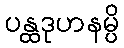
ပန္ထဒုဟနမ္ပိ